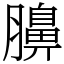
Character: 䑄